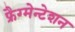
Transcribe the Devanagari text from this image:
फ्रैग्मेन्टेशन